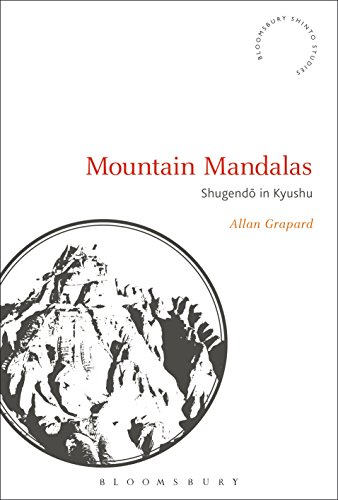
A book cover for Mountain Mandalas: Shugendo in Kyushu (Bloomsbury Shinto Studies); Allan G. Grapard; Religion & Spirituality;